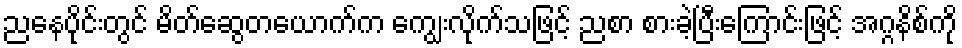
ညနေပိုင်းတွင် မိတ်ဆွေတယောက်က ကျွေးလိုက်သဖြင့် ညစာ စားခဲ့ပြီးကြောင်းဖြင့် အဂ္ဂနိစ်ကို